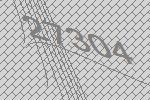
27304